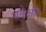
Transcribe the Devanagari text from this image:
बढेऔर